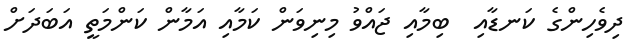
ދިވެހިންގެ ކަނޑާއި  ބިމާއި ޖައްވު މިނިވަން ކަމާއި އަމާން ކަންމަތީ އަބަދަށް